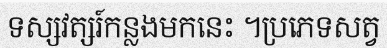
ទស្សវត្សរ៍កន្លងមកនេះ ។ប្រភេទសត្វ